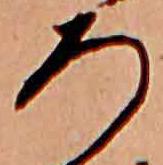
ろ